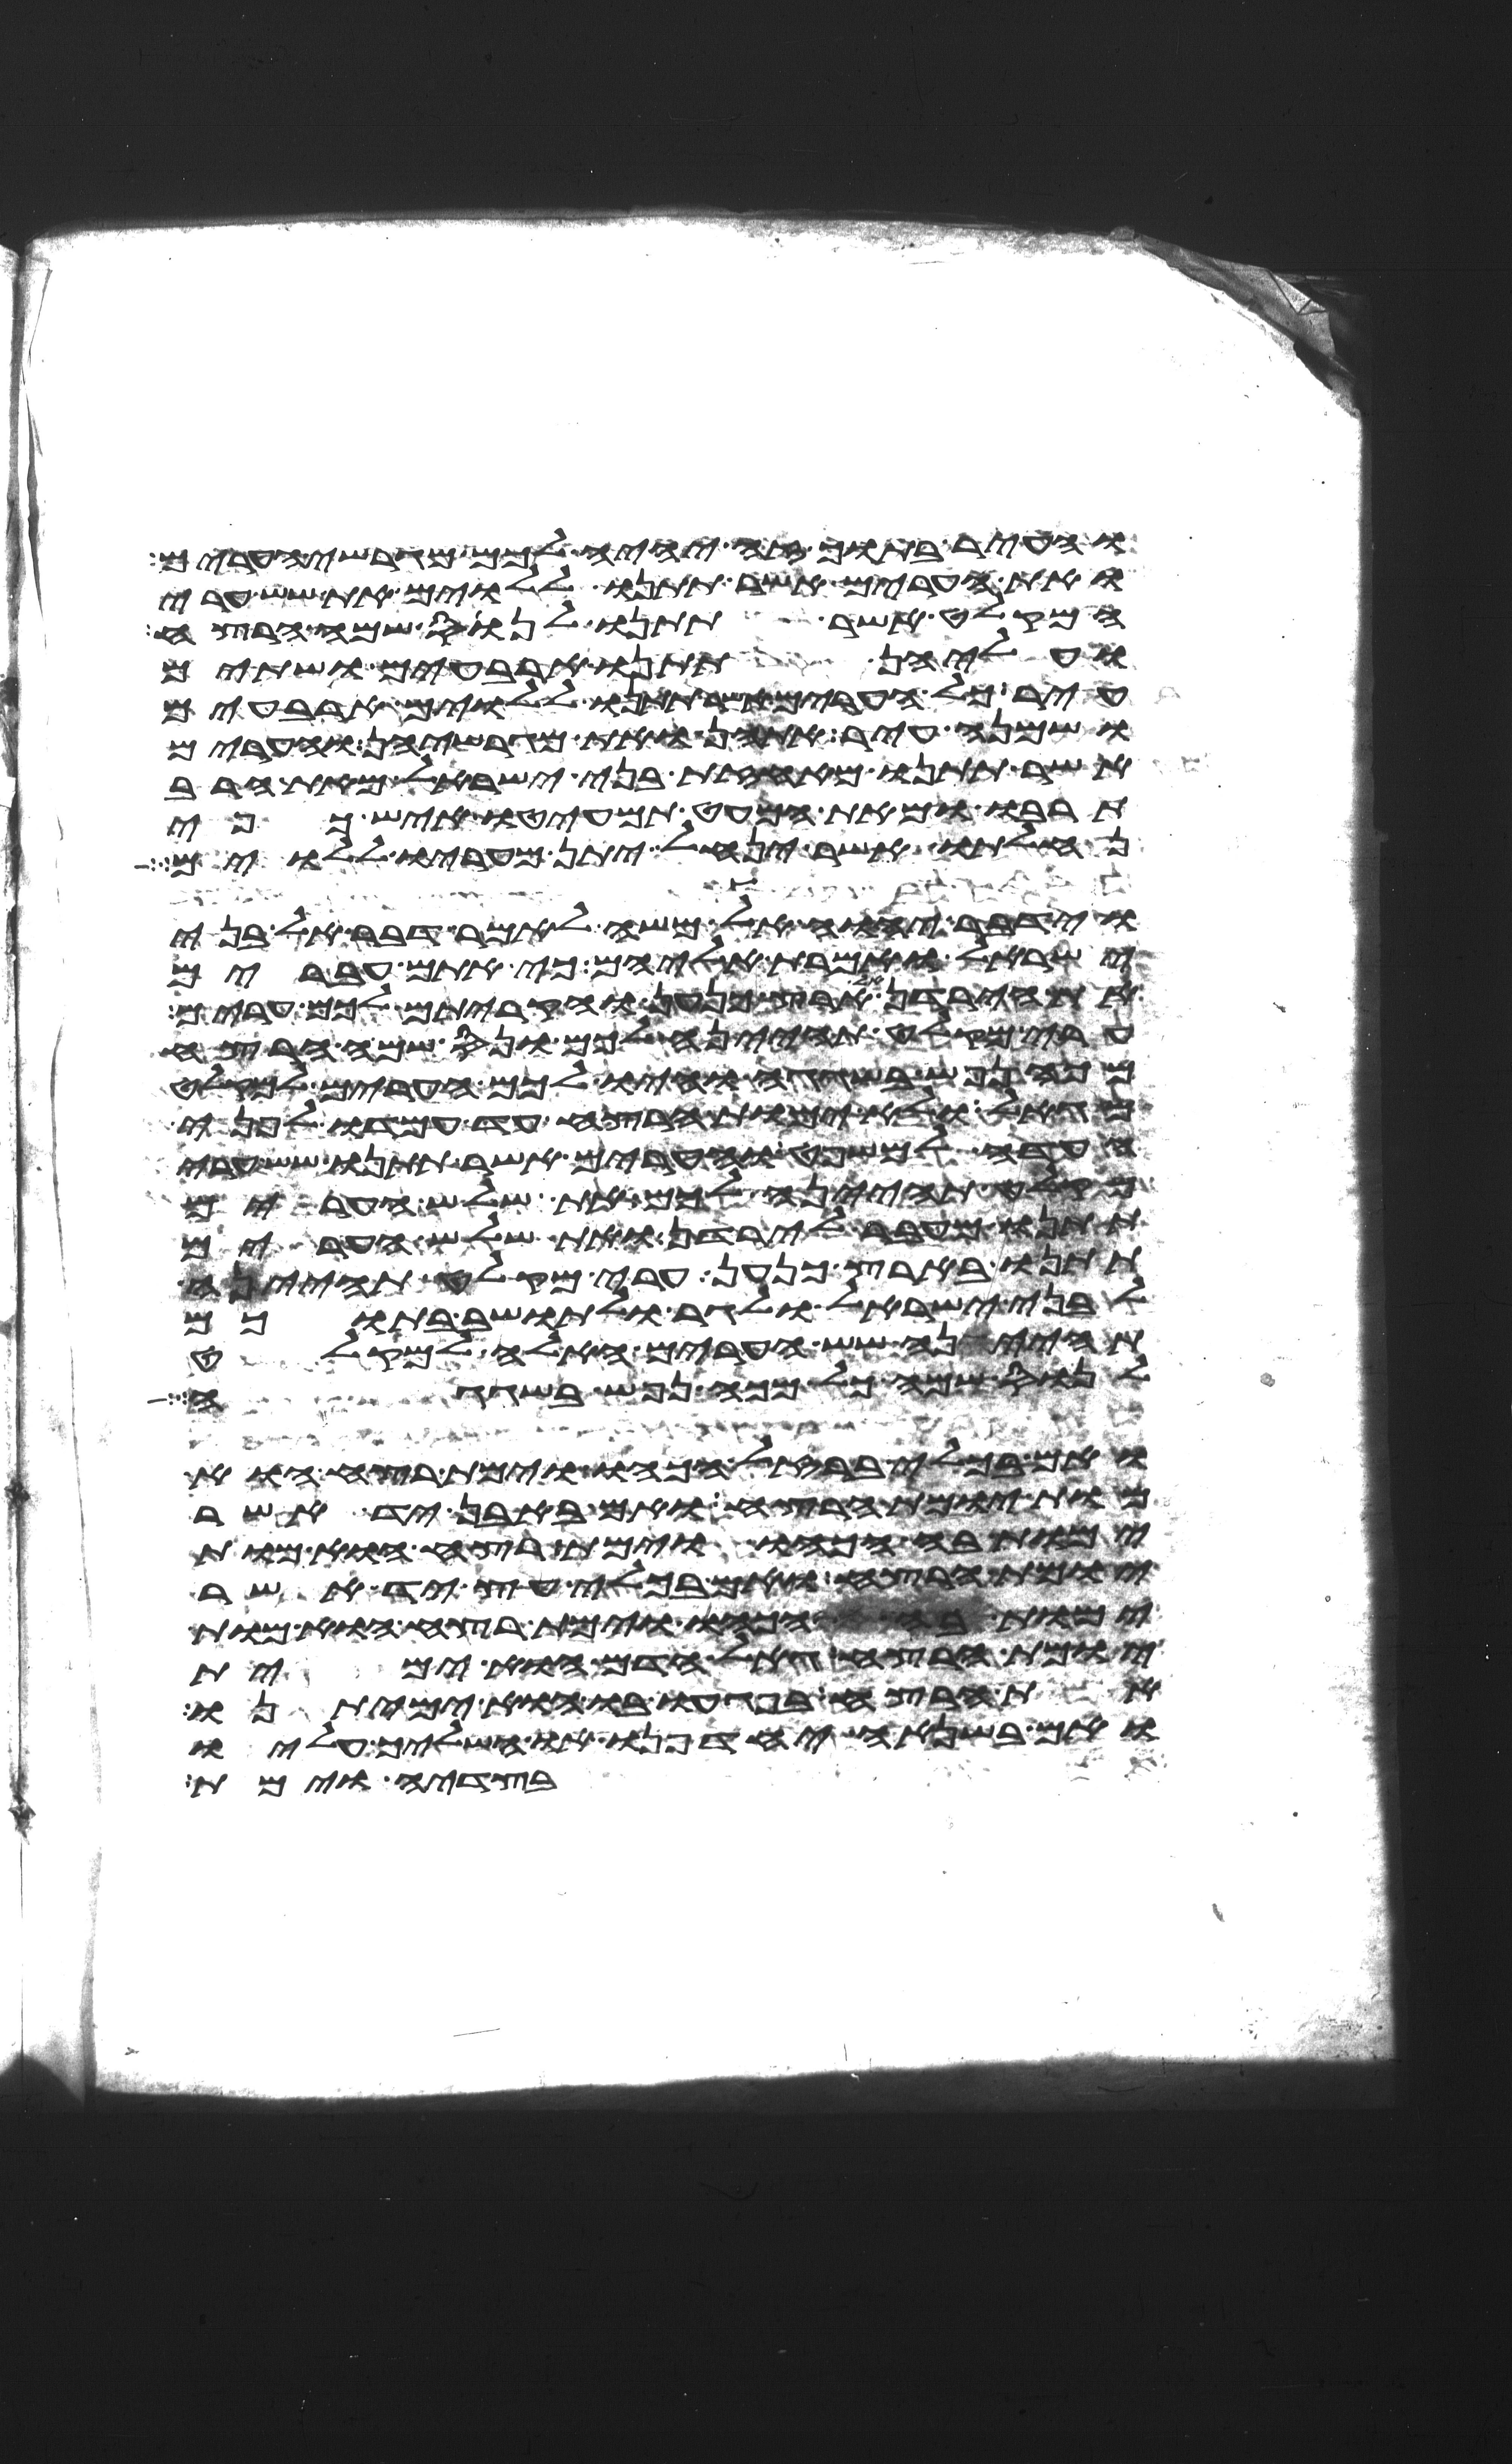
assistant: והעיר בתוך זה יהיה לכם מגרשי הערים
ואת הערים אשר תתנו ללוים את שש ערי
המקלט אשר תתנו לנוס שם הרצח
ועליהן תתנו ארבעים ושתים
עיר כל הערים אשר תתנו ללוים ארבעים
ושמנה עיר אתהן ואת מגרשיהן והערים
אשר תתנו מאחזת בני ישראל מאת הרב
תרבו ומאת המעט תמעיטו איש כפי
נחלתו אשר ינחל יתן מעריו ללוים
וידבר יהוה אל משה לאמר דבר אל בני
ישראל ואמרת אליהם כי אתם עברים
את הירדן אל ארץ כנען והקריתם לכם ערים
ערי מקלט תהיינה לכם ונס שמה הרצח
מכה נפש בשגגה והיו לכם הערים למקלט
מגאל ולא יומת הרצח עד עמדו לפני
העדה למשפט והערים אשר תתנו שש ערי
מקלט תהינה לכם את שלש הערים
תתנו מעבר לירדן ואת שלש הערים
תתנו בארץ כנען ערי מקלט תהינה
לבני ישראל ולגר ולתושב בתוכם
תהיינה שש הערים האלה למקלט
לנוס שמה כל מכה נפש בשגגה
ואם בכלי ברזל הכהו וימת רצח הוא
מות יומת הרצח ואם באבן יד אשר
ימות בה הכהו וימת רצח הוא מות
יומת הרצח ואם בכלי עץ יד אשר
ימות בו הכהו וימת רצח הוא מות
יומת הרצח גאל הדם הוא ימית
את הרצח בפגעו בו הוא ימיתנו
ואם בשנאה יחדיפנו או השליך עליו
בצדיה וימת